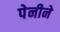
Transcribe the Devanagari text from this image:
पेनीने